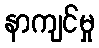
နာကျင်မှု